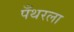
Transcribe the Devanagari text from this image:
पँथरला